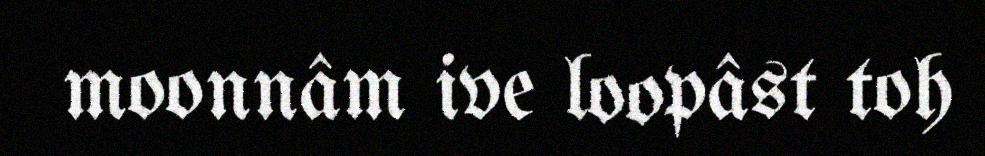
moonnâm ive loopâst toh